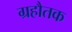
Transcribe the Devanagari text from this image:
ग्रहौतक